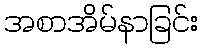
အစာအိမ်နာခြင်း